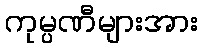
ကုမ္ပဏီများအား